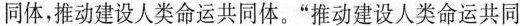
同体，推动建设人类命运共同体。”推动建设人类命运共同